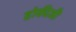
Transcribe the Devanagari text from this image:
होकीजी